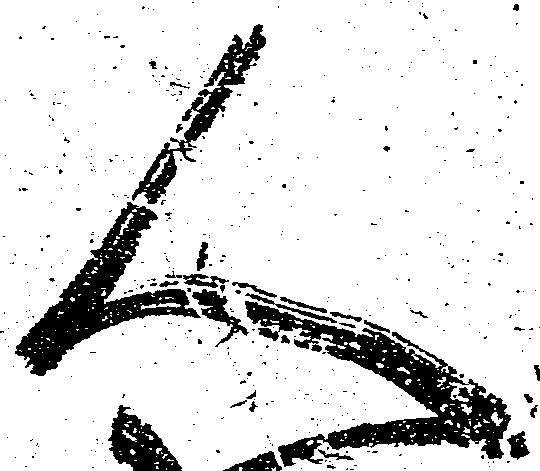
人